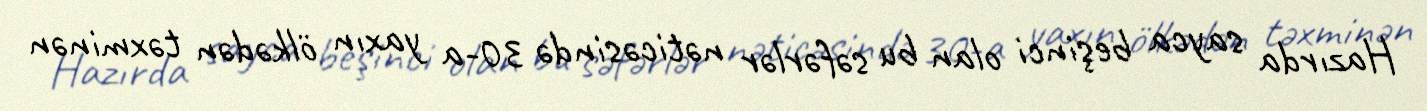
Hazırda sayca beşinci olan bu səfərlər nəticəsində 30-a yaxın ölkədən təxminən